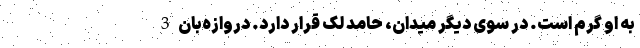
به او گرم است. در سوی دیگر میدان، حامد لک قرار دارد. دروازه‌بان 3